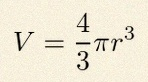
V=\frac43\pi r^3